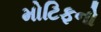
મોટિફનો